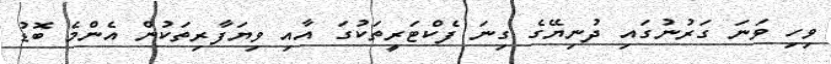
ވިހި ވަނަ ގަރުނުގައި ދުނިޔޭގެ ގިނަ ފެކްޓަރީތަކުގަ އާއި ވިޔަފާރިތަކުން އެންމެ ބޮޑު